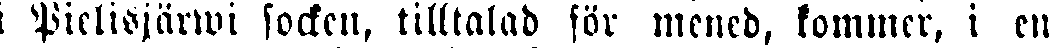
i Pielisjärwi socken, tilltalad för mened, kommer, i en